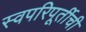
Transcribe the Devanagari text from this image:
स्वपरिपूर्तीची